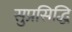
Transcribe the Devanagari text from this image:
सुप्रसिद्धि